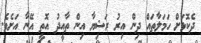
ދެކޮޅަށް ހަމަލާތައް ދިން އިރު ރަޝިޔާ އިން ތާއީދު އޮތީ އޭނާ އަށެވެ.